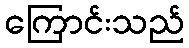
ကြောင်းသည်